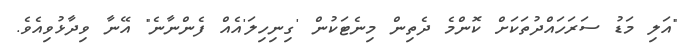
"އަލި މަޑު ސަރަހައްދުތަކަށް ކޮންމެ ދެތިން މިނެޓަކުން 'ގިނިހިލަ'އެއް ފެންނާނެ" އޭނާ ވިދާޅުވިއެވެ.